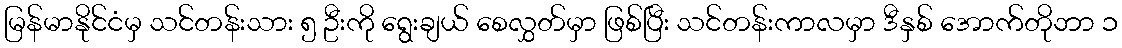
မြန်မာနိုင်ငံမှ သင်တန်းသား ၅ ဦးကို ရွေးချယ် စေလွှတ်မှာ ဖြစ်ပြီး သင်တန်းကာလမှာ ဒီနှစ် အောက်တိုဘာ ၁